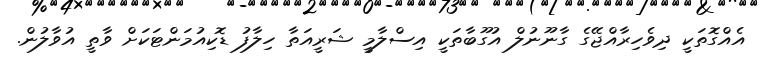
އެއްގޮތަކީ ދިވެހިރާއްޖޭގެ ގާނޫނުލް އުގޫބާތަކީ އިސްލާމީ ޝަރީއަތާ ހިލާފު ޑޮކިއުމަންޓަކަށް ވާތީ އުވާލުން.